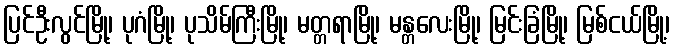
ပြင်ဦးလွင်မြို့၊ ပုဂံမြို့၊ ပုသိမ်ကြီးမြို့၊ မတ္တရာမြို့၊ မန္တလေးမြို့၊ မြင်းခြံမြို့၊ မြစ်ငယ်မြို့၊